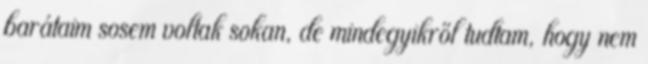
barátaim sosem voltak sokan, de mindegyikről tudtam, hogy nem